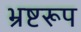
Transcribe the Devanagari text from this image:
भ्रष्टरूप